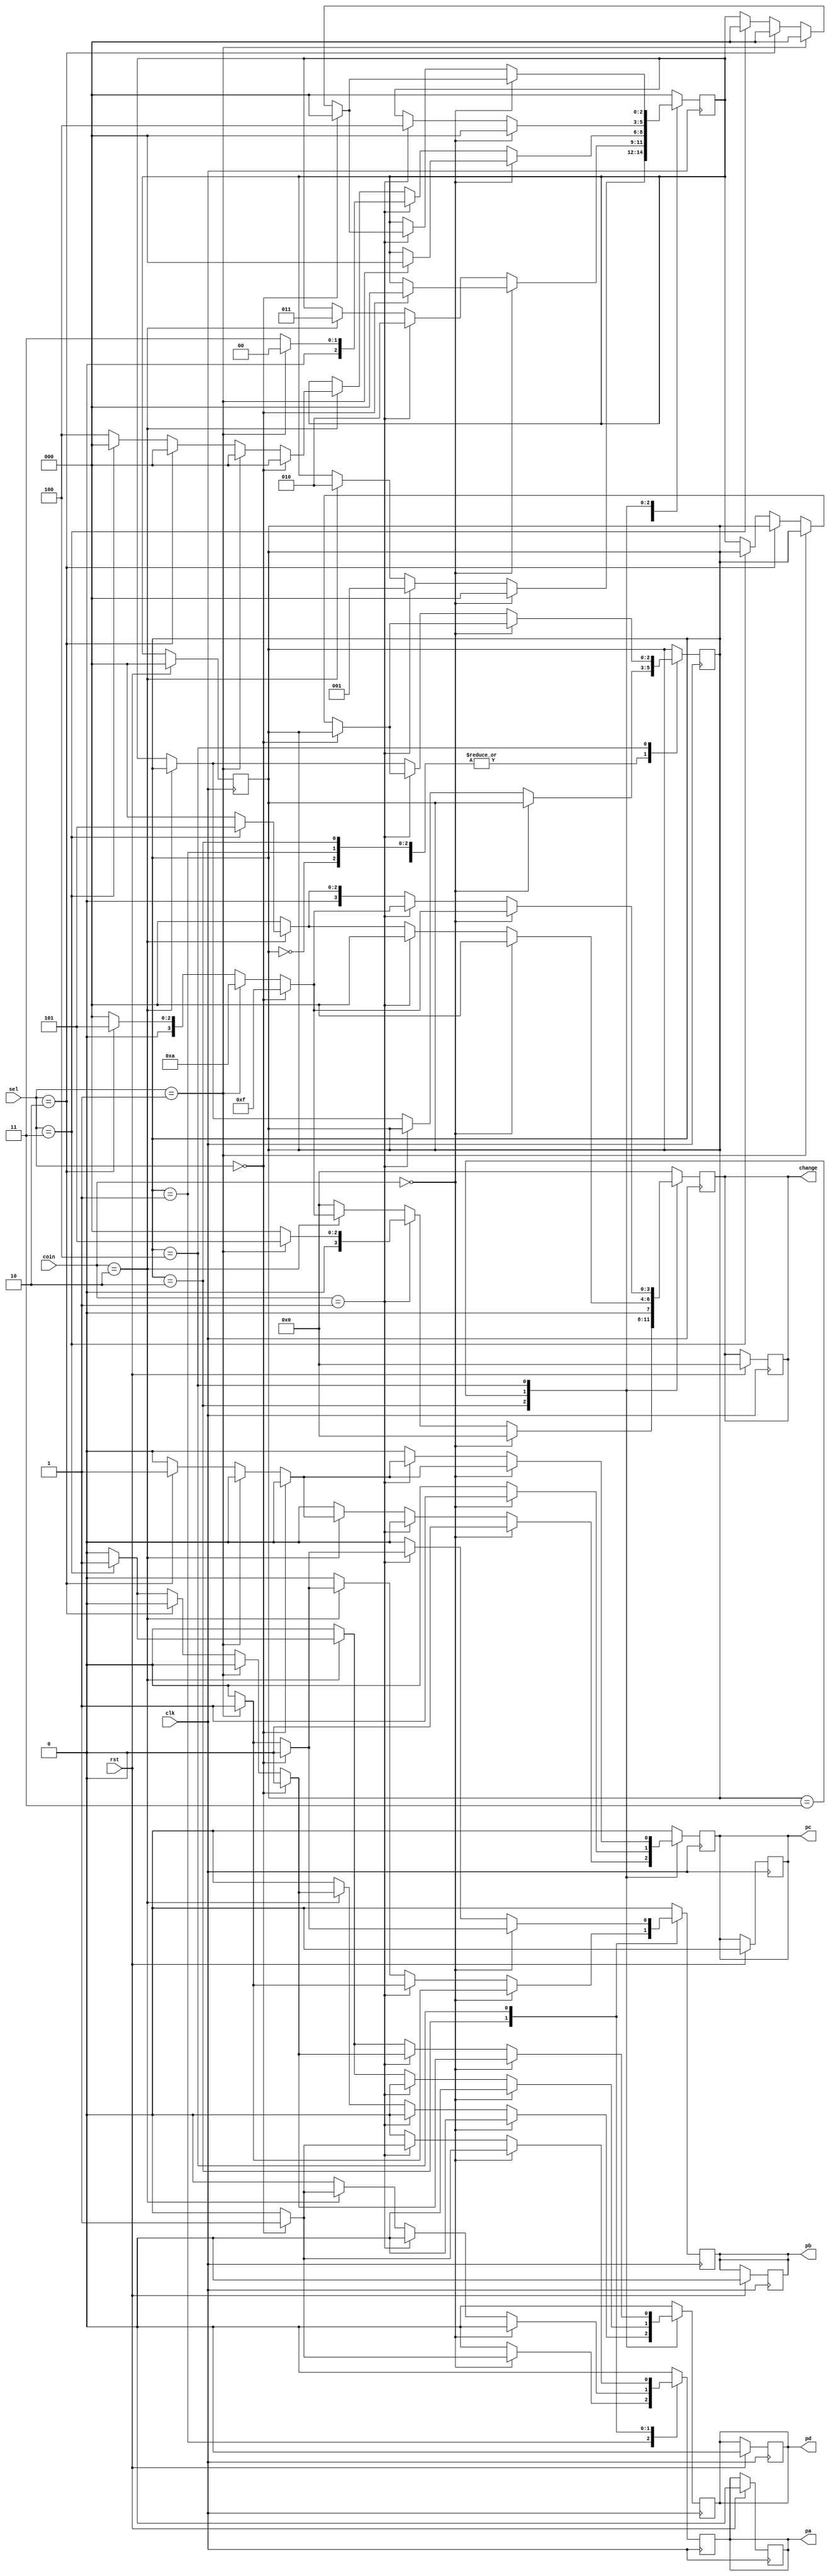
`timescale 1ns / 1ps
//////////////////////////////////////////////////////////////////////////////////
// Company: 
// Engineer: 
// 
// Design Name: 
// Module Name:    vm 
// Project Name: 
// Target Devices: 
// Tool versions: 
// Description: 
//
// Dependencies: 
//
// Revision: 
// Revision 0.01 - File Created
// Additional Comments: 
//
//////////////////////////////////////////////////////////////////////////////////
module vm(
  input clk,rst,
  input [1:0]sel,
  input [1:0]coin,  //01=rupee 5   10=rupee 10
  
  //reg [2:0]count_5,count_10;
  
  output reg [3:0]change,
  output reg pa,pb,pc,pd
 ); 
  
  
  reg [2:0]cs,next;
  
  parameter IDLE=3'b000, FIVE=3'b001, TEN=3'b010,FIFTEEN=3'b011,TWENTY=3'b100;
  
  parameter pra=2'b00,prb=2'b01,prc=2'b10,prd=2'b11;
  
  
   always@(posedge clk)
    begin
      if(rst==1)
        begin
          pa=0;
          pb=0;
          pc=0;
          pd=0;
          change=0;
          cs=IDLE;
        end
      else
        cs=next;
    end
  
  always@(posedge clk)
    begin
	 change=0;
	 pa=0;
	 pc=0;
	 pb=0;
	 pd=0;
      case(cs)
        IDLE:
		  begin
          if(coin==2'b00)
            begin
              next=IDLE;
            end
          else if(coin==2'b01)
              next=FIVE;
          else if(coin==2'b10)
            next=TEN;
          else
            cs=next;
        end
        
		FIVE:
          begin
            if(coin==2'b00)
              begin
                if(sel==2'b00)
                  begin
                    pa=1;
                    change=0;
                    next=IDLE;
                   end
              end
             else if(coin==2'b01)
                begin
           		 next=TEN;
                end
				else if(coin==2'b10)
              begin
                next=FIFTEEN;
              end
            else
              cs=next;
          end
        
        TEN:
          begin
            if(coin==2'b00)
            begin
              if(sel==2'b01)
                begin
                  pb=1;
                  change=0;
                  next=IDLE;
                end
            end
				else if(coin==2'b01)
              begin
                if(sel==2'b01)
                  begin
            		 pb=1;
             		 change=4'b0101;
              		 next=IDLE;
                  end
                else
                  next=FIFTEEN;
                end
            else if(coin==2'b10)
              begin
                
                if(sel==2'b00)
                  begin
                     pa=1;
             		 change=4'b1111;
              		 next=IDLE;
                  end
					else if(sel==2'b01)
                  begin
                     pb=1;
             		 change=4'b1010;
              		 next=IDLE;
                  end
                else if(sel==2'b10)
                  begin
                     pc=1;
             		 change=4'b0101;
              		 next=IDLE;
                  end
                else if(sel==2'b11)
                  begin
                      pd=1;
             		 change=0;
              		next=IDLE;
                  end
					else   
                next=TWENTY;
              end
            else
              cs=next;
          end
        
        FIFTEEN:
          begin
            if(coin==2'b00)
            begin
              pc=1;
              change=0;
              next=IDLE;
            end
            else if(coin==2'b01)
              begin
               next=TWENTY;
              end
				else if(coin==2'b10)
              begin
                if(sel==2'b11)
                  begin
                    pd=1;
                    change=4'b0101;
                  end
					end
            else
              cs=next;
          end
             
		TWENTY:
         begin
            if(coin==2'b00)
					begin
						if(sel==2'b00)
							begin
								pa=1;
								change=4'b1111;
								next=IDLE;
							end
						else if(sel==2'b01)
							begin
								pb=1;
								change=4'b1010;
								next=IDLE;
							end
				 
						else if(sel==2'b10)
							begin
								pc=1;
								change=4'b0101;
								next=IDLE;
							end
						else if(sel==2'b11)
							begin
								pd=1;
								change=0;
								next=IDLE;
							end
							else
								cs=next;
                end
            
				else if(coin==2'b01)
					begin
						if(sel==2'b00)
							begin
								pa=1;
								change=4'b1111;
								next=IDLE;
							end
			
						else if(sel==2'b01)
							begin
								pb=1;
								change=4'b1010;
								next=IDLE;
							end
						else if(sel==2'b10)
							begin
								pc=1;
								change=4'b0101;
								next=IDLE;
							end
						else if(sel==2'b11)
							begin
								pd=1;
								change=0;
								next=IDLE;
							end
						else
                    cs=next;
              end
				else if(coin==2'b10)
              begin
                if(sel==2'b11)
                  begin
                    pd=1;
                    change=4'b0101;
                  end
					end
            else
              cs=next;
			end
			default:begin
			next=IDLE;
			end
				
			
		endcase
end				 



endmodule